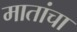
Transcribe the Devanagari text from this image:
मातांचा